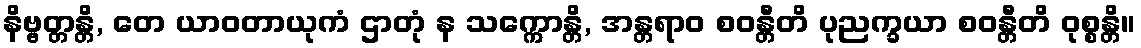
နိဗ္ဗတ္တန္တိ, တေ ယာဝတာယုကံ ဌာတုံ န သက္ကောန္တိ, အန္တရာဝ စဝန္တီတိ ပုညက္ခယာ စဝန္တီတိ ဝုစ္စန္တိ။